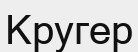
Кругер